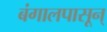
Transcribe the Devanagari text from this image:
बंगालपासून्